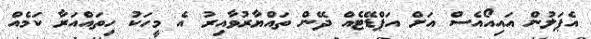
އެޕަލުން އައިއޯއެސް އަށް އަޕްޑޭޓެއް ދޭން ތައްޔާރުވާއިރު އެ މީހަކު ހިތައްއަރާ ކަމެއް